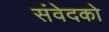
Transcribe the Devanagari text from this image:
संवेदको